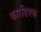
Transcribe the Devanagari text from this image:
कारडिफ्फ